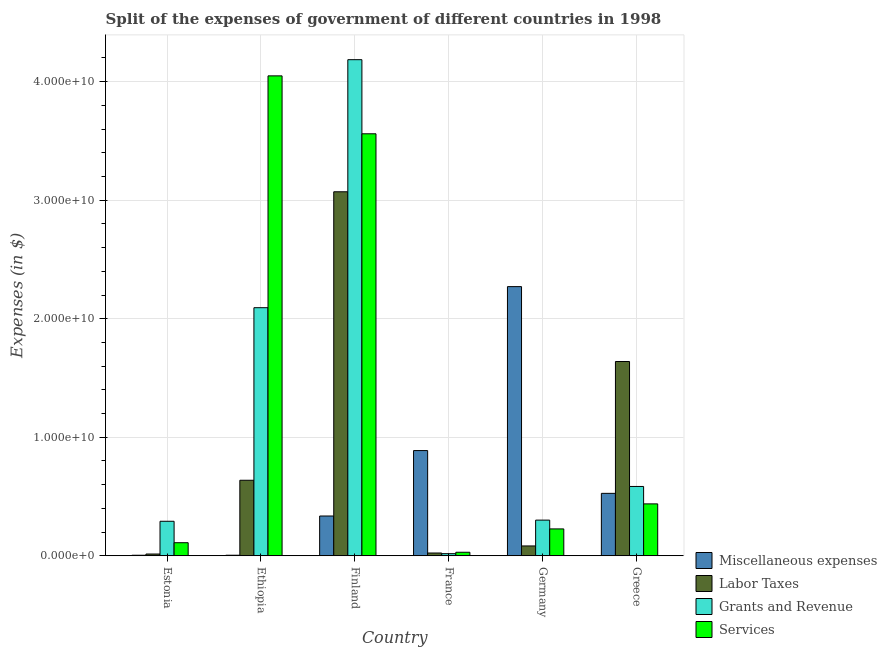
| Country | Miscellaneous expenses | Labor Taxes | Grants and Revenue | Services |
 | --- | --- | --- | --- | --- |
 | Estonia | 4.71e+07 | 1.49e+08 | 2.91e+09 | 1.1e+09 |
 | Ethiopia | 4.77e+07 | 6.37e+09 | 2.09e+10 | 4.05e+10 |
 | Finland | 3.36e+09 | 3.07e+10 | 4.19e+10 | 3.56e+10 |
 | France | 8.88e+09 | 2.35e+08 | 1.8e+08 | 2.98e+08 |
 | Germany | 2.27e+10 | 8.31e+08 | 3.01e+09 | 2.27e+09 |
 | Greece | 5.27e+09 | 1.64e+10 | 5.85e+09 | 4.38e+09 |